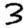
Digit: 3